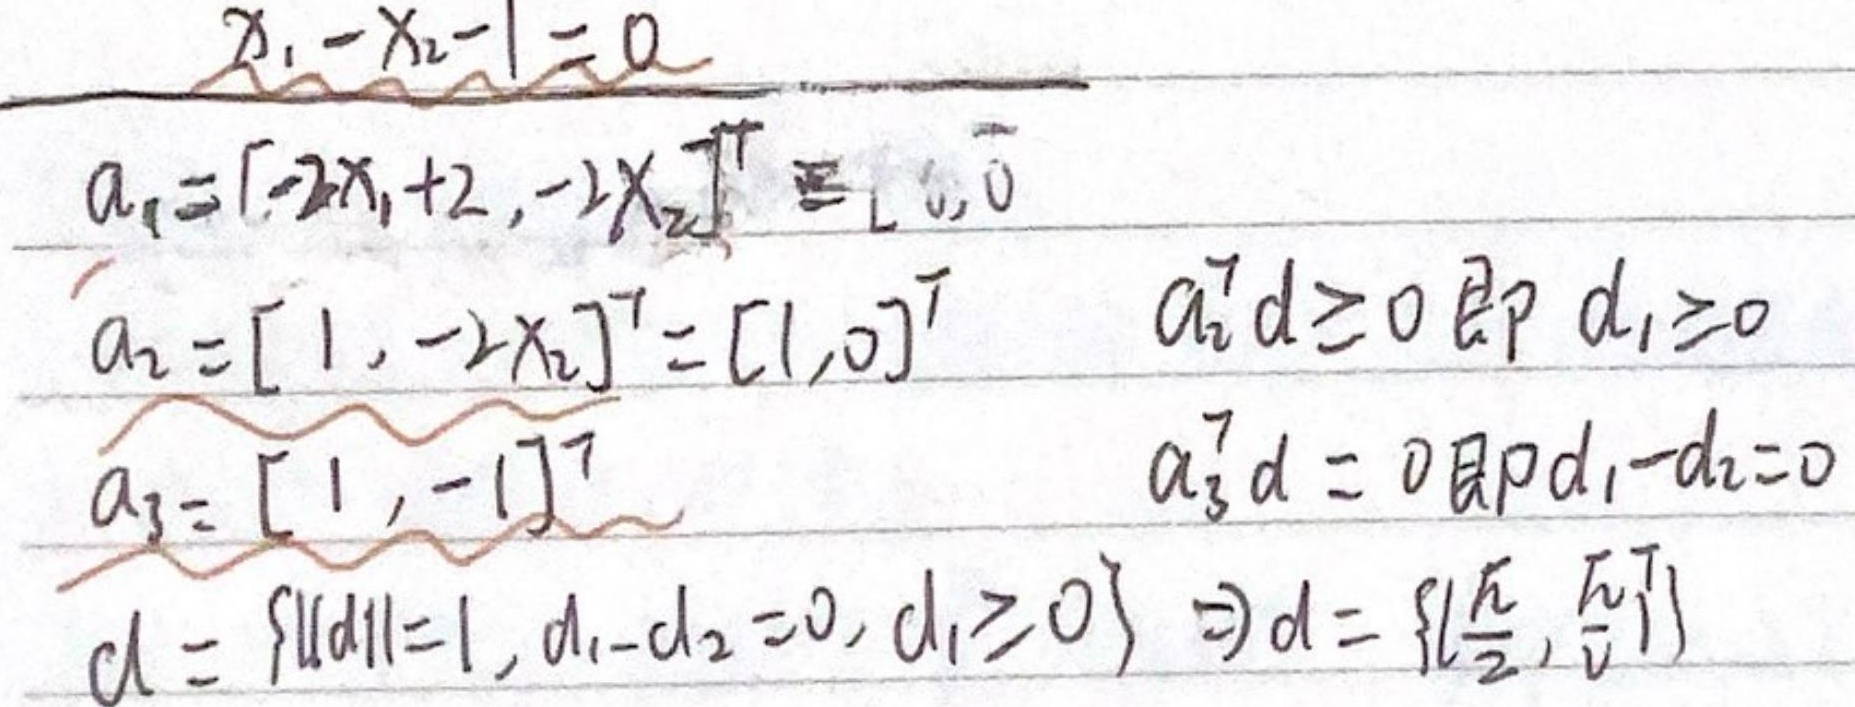
由\(x_1 - x_2 - 1 = 0\)，且
\[\begin{align*}
a_1&= [-2x_1 + 2, - 2x_2]^T = [0,0]\\
a_2&= [1, - 2x_2]^T = [1,0]^T ，a_2^T d\geq0 \text{ 即 } d_1\geq0\\
a_3&= [1, - 1]^T ，a_3^T d = 0\text{ 即 }d_1 - d_2 = 0
\end{align*}\]
\(d\)满足\(\{||d|| = 1, d_1 - d_2 = 0, d_1\geq0\}\)，则\(d = \left\{\left[\frac{\sqrt{2}}{2},\frac{\sqrt{2}}{2}\right]^T\right\}\)